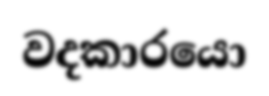
වදකාරයො